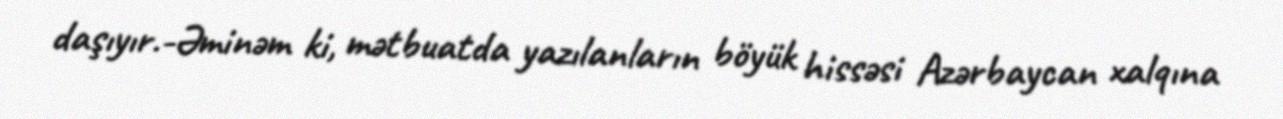
daşıyır.-Əminəm ki, mətbuatda yazılanların böyük hissəsi Azərbaycan xalqına